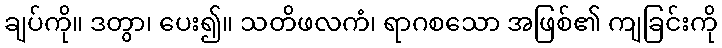
ချပ်ကို။ ဒတွာ၊ ပေး၍။ သတိဖလကံ၊ ရာဂစသော အဖြစ်၏ ကျခြင်းကို